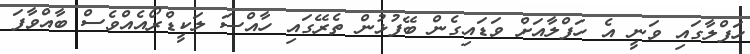
ހަފްލާގައި ވަނީ އެ ހަފްލާއަށް ވަޑައިގެން ބޭފުޅުން ތެރޭގައި ހާއްސަ ލަކީޑްރޯއެއްވެސް ބާއްވާފަ